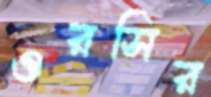
ওরসির